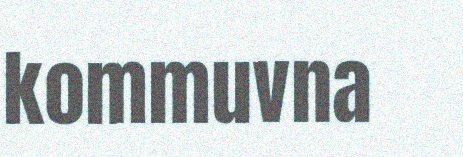
kommuvna